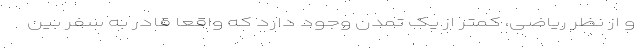
و از نظر ریاضی، کمتر از یک تمدن وجود دارد که واقعاً قادر به سفر بین